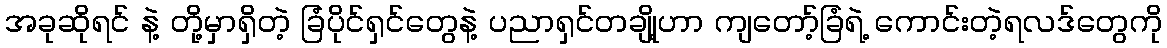
အခုဆိုရင် နဲ့ တို့မှာရှိတဲ့ ခြံပိုင်ရှင်တွေနဲ့ ပညာရှင်တချို့ဟာ ကျတော့်ခြံရဲ့ ကောင်းတဲ့ရလဒ်တွေကို